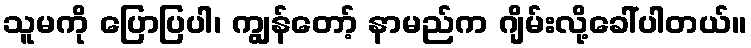
သူမကို ပြောပြပါ၊ ကျွန်တော့် နာမည်က ဂျိမ်းလို့ခေါ်ပါတယ်။